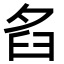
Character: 𦥜